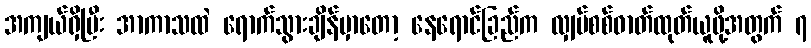
အကျယ်ရှိပြီး အာကာသထဲ ရောက်သွားချိန်မှာတော့ နေရောင်ခြည်က လျှပ်စစ်ဓာတ်ထုတ်ယူဖို့အတွက် ၇